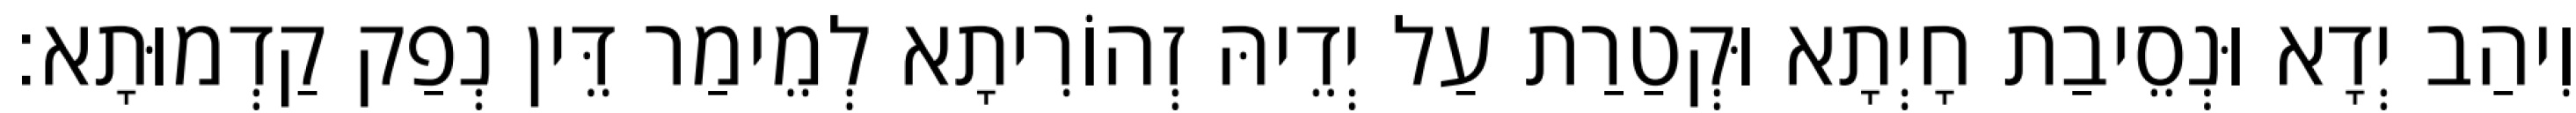
וִיהַב יְדָא וּנְסֵיבַת חָיְתָא וּקְטַרַת עַל יְדֵיהּ זְהוֹרִיתָא לְמֵימַר דֵּין נְפַק קַדְמוּתָא׃